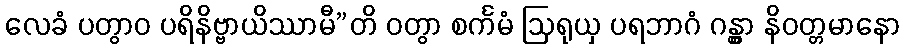
လေခံ ပတွာဝ ပရိနိဗ္ဗာယိဿာမီ”တိ ဝတွာ စင်္ကမံ ဩရုယှ ပရဘာဂံ ဂန္တွာ နိဝတ္တမာနော